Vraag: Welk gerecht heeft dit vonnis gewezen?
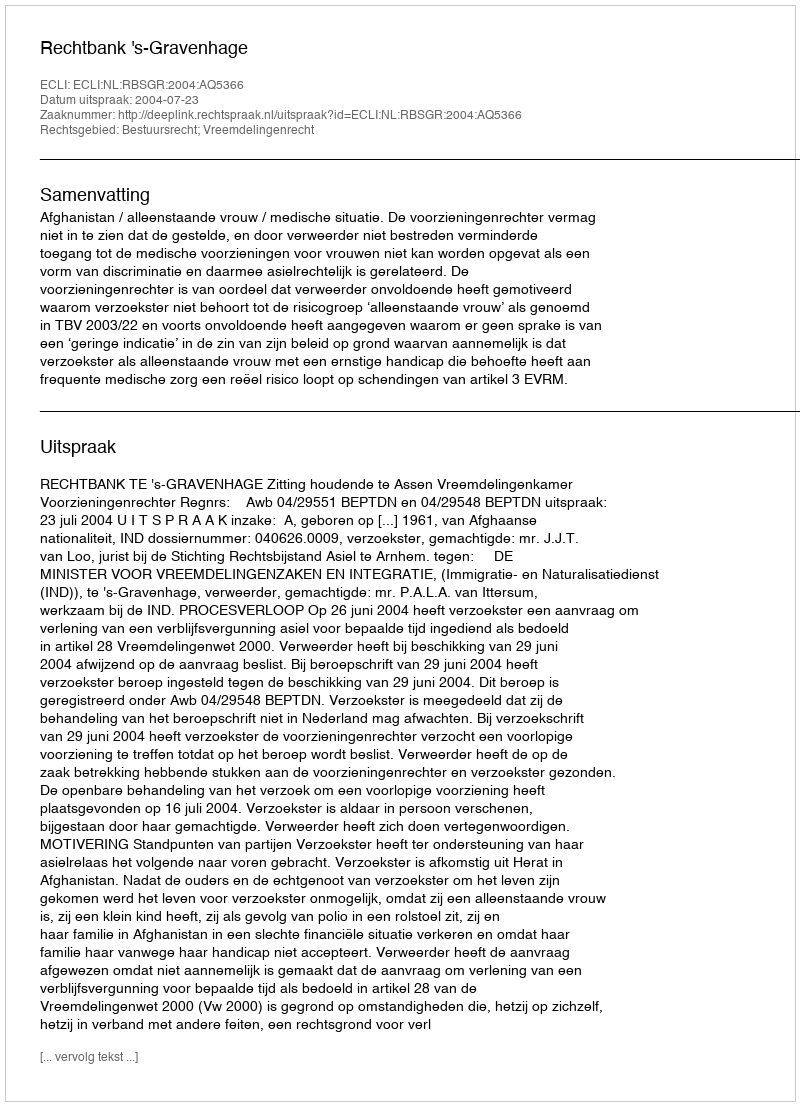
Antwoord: Rechtbank 's-Gravenhage